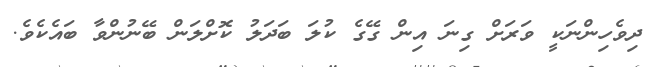
ދިވެހިންނަކީ ވަރަށް ގިނަ އިން ގޭގެ ކުލަ ބަދަލު ކޮށްލަން ބޭނުންވާ ބައެކެވެ.